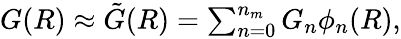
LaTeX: \begin{array}{r}{G(R)\approx\tilde{G}(R)=\sum_{n=0}^{n_{m}}G_{n}\phi_{n}(R),}\end{array}